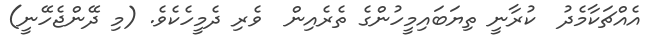
އެއްޗަކާމެދު  ކުރާނީ ތިޔަބައިމީހުންގެ ތެރެއިން  ވެރި ދެމީހެކެވެ. (މި ދޭންޖެހޭނީ)